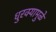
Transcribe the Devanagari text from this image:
धुरक्यामुळे